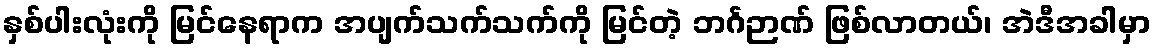
နှစ်ပါးလုံးကို မြင်နေရာက အပျက်သက်သက်ကို မြင်တဲ့ ဘင်္ဂဉာဏ် ဖြစ်လာတယ်၊ အဲဒီအခါမှာ